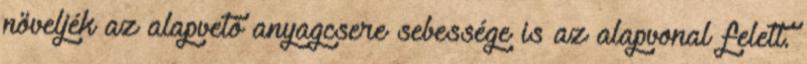
növeljék az alapvető anyagcsere sebessége is az alapvonal felett.